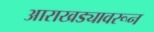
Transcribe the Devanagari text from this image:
आराखड्यावरून